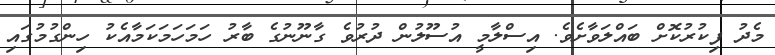
މެދު ފިކުރުކޮށް ބައްލަވާށެވެ. އިސްލާމީ އުސޫލުން ދުރުވެ ގާނޫނުގެ ބާރު ހަމަހަމަކަމާއެކު ހިންގުމުގައި